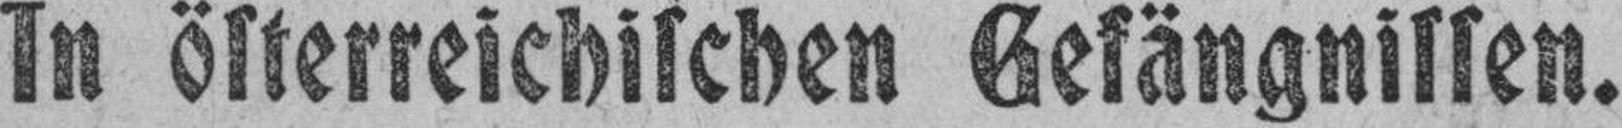
In österreichischen Gefängnissen.